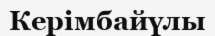
Керімбайүлы